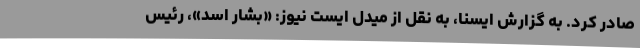
صادر کرد. به گزارش ایسنا، به نقل از میدل ایست نیوز: «بشار اسد»، رئیس